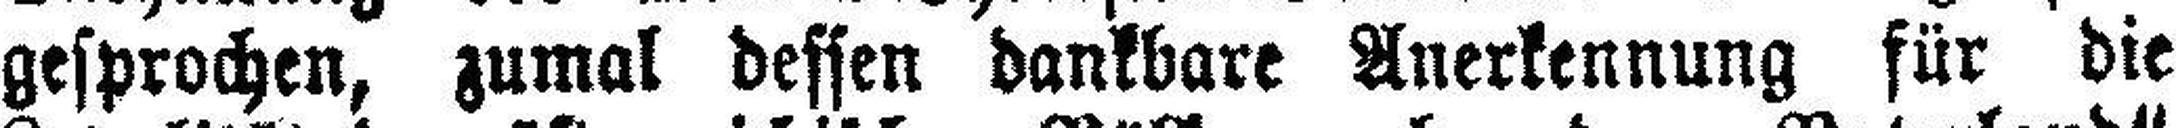
gesprochen, zumal besten dankbare Anerkennung für die